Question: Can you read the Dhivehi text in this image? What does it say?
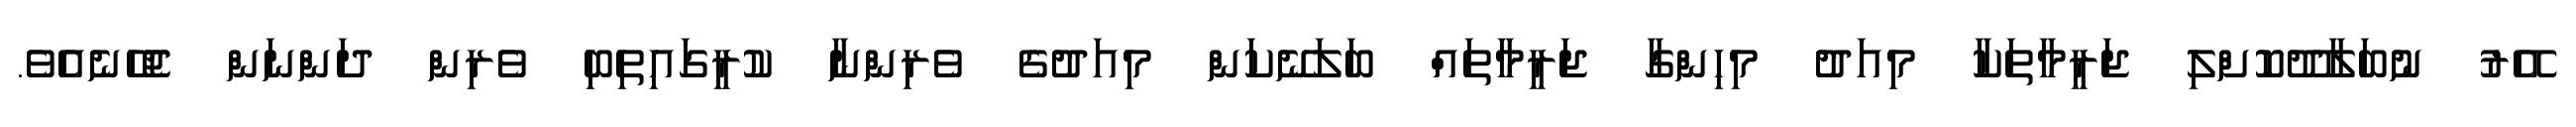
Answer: އޭރު ނުބަލާދޫކޮށްލި ޖަރީމާތަކާ މިއަދު މިހިންގާ ޖަރީމާތައް ބަލަނޭކަން މިއަދުގެ ވެރިންނާ ކުރީގައިތިބި ވެރިން ދަންނަން ޖެހޭނެއެވެ.